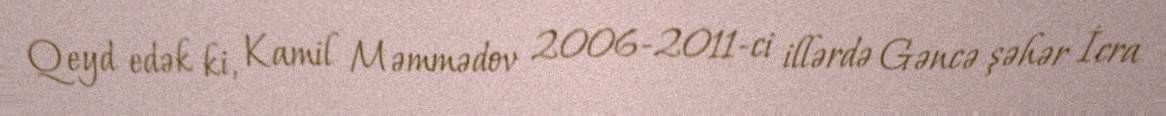
Qeyd edək ki, Kamil Məmmədov 2006-2011-ci illərdə Gəncə şəhər İcra